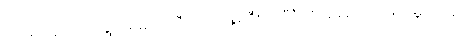
အရေးယူဆောင်ရွက်ရမည့် ညီအစ်ကိုနှစ်ဦးက ဗီဒီယိုဂိမ်း မသံဒါဖြူ မွေးနေ့မှ